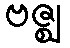
ဗဇ္ဈ